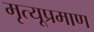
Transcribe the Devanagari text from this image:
मृत्यूप्रमाण